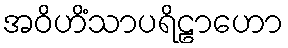
အဝိဟိံသာပရိဠာဟော